Black-water fever - Number 35
Disease focus: Fever
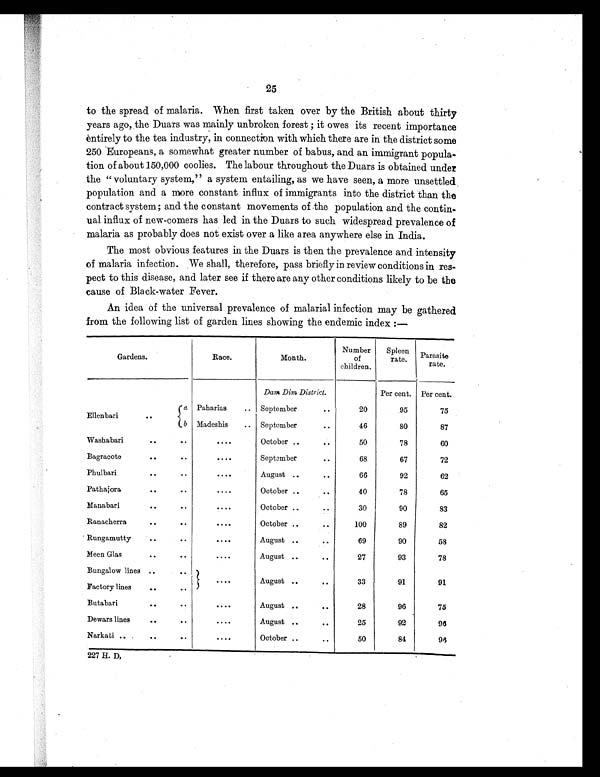
25
to the spread of malaria. When first taken over by the British about thirty
years ago, the Duars was mainly unbroken, forest ; it owes its recent importance
entirely to the tea industry, in connection with which there are in the district some
250 Europeans, a somewhat greater number of babus, and an immigrant popula
- t i o n o f a b o u t 1 5 0 , 0 0 0 c o o l i e s . T h e l a b o u r t h r o u g h o u t t h e D u a r s i s o b t a i n e d u n d e r
the " voluntary system," a system entailing, as we have seen, a more unsettled.,
population and a more constant influx of immigrants into the district than the
contract system; and the constant movements of the population and the contin
- u a l i n f l u x o f n e w - c o m e r s h a s l e d i n t h e D u a r s t o s u c h w i d e s p r e a d p r e v a l e n c e o f
malaria as probably does not exist over a like area anywhere else in India.
The most obvious features in the Duars is then the prevalence and intensity
of malaria infection. .We shall, therefore, pass briefly in review conditions in res
- p e c t t o t h i s d i s e a s e , a n d l a t e r s e e i f t h e r e a r e a n y o t h e r c o n d i t i o n s l i k e l y t o b e t h e
cause of Black-water Fever.
An idea of the universal prevalence of malarial infection may be gathered
from the following list of garden lines showing the endemic index :—
Gardens.
Race.
Month.
Number of
chi l dren.
Spl een
rate. Parasi te
rate.
Dam Di m Di stri ct.
Per cent. Per cent.
a
El l enbari
. .
Pahari as .. September
. .
20
. 95
75
b Madeshi s .. September
. .
46
80
87
Washabari
. . . . October .. . .
50
78
60
Bagracote
. .
. .
. . . . September . .
68
67
72
Phulbari
. .
. .
. . . . August .. . .
66
92
62
Pathai ora
.. ..
. . . . October .. . .
40
78
65
Manabari
. .
. . . . October .. . .
30
90
83
Ranacherra
. .
. .
. . . . .
October .. . . 100
89
82
Rungamutty ..
. .
. . . . August .. ..
69
90
58
Meen Gl as
. .
. .
. . . . August .. ..
27
93
78
Bungal ow l i nes .. ..
Factory l i nes ..
. .
. . . . August . . . .
33
91
91
Butabari
. .
. .
. . . . August .. . .
28
96
75
Dewars l i nes
. .
. . . . August .. . .
25
92
9 6
Narkati ..
. .
. .
. . . . October .. . .
50
84
96
227 H. D,